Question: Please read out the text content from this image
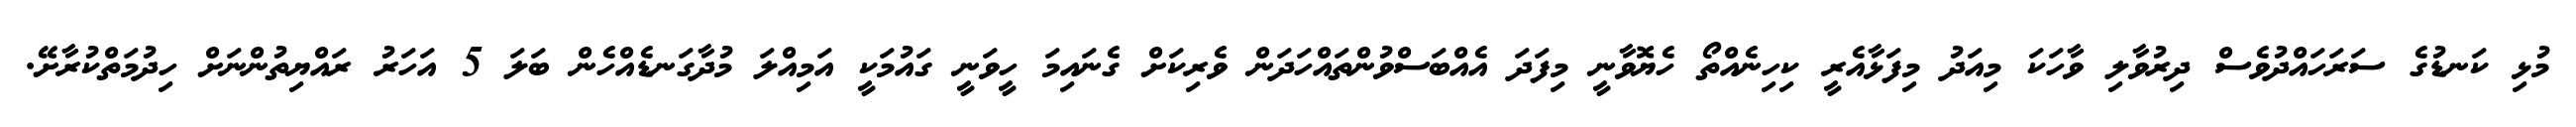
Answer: މުޅި ކަނޑުގެ ސަރަހައްދުވެސް ދިރުވާލި ވާހަކަ މިއަދު މިފަޅާއެރީ ކިހިނެއްތޯ ހެޔޮވާނީ މިފަދަ އެއްބަސްވުންތައްހަދަން ވެރިކަށް ގެނައިމަ ހީވަނީ ގައުމަކީ އަމިއްލަ މުދާގަނޑެއްހެން ބަލަ 5 އަހަރު ރައްޔިތުންނަށް ހިދުމަތްކުރާށޭ.